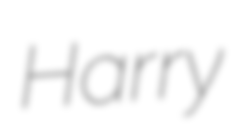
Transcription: Harry